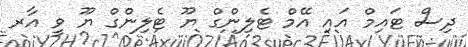
ދިސް ޓައިމް އައި އޭމް ޓެލިންގް ޔޫ ޓެލިންގް ޔޫ ވީ އާރ